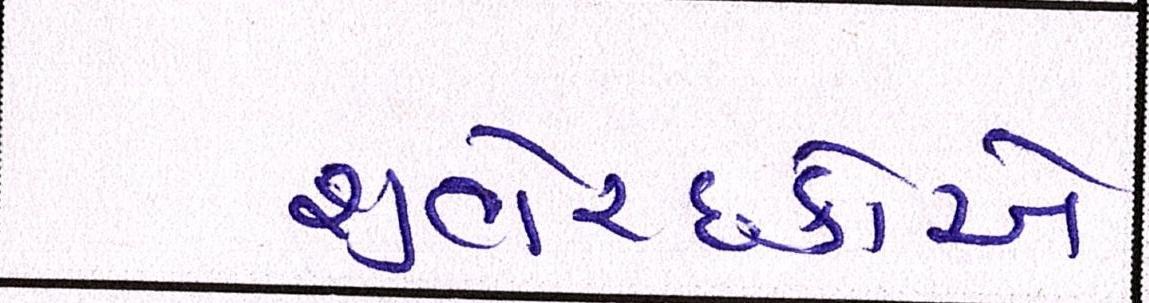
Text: શુભેચ્છકોએ